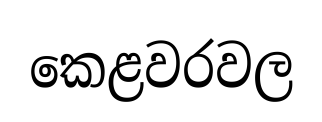
කෙළවරවල